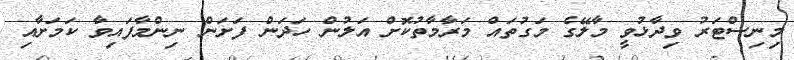
މިނިސްޓަރު ވިދާޅުވީ މާލޭގެ މަގުތައް މަރާމާތުކޮށް އަލުން ހަދަން ފަށަން ނިންމާފައިވާ ކަމަށާއި